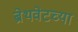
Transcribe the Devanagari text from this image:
ब्रेथवेटच्या